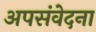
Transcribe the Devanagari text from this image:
अपसंवेदना